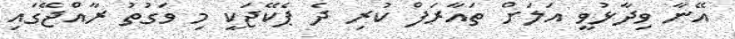
އޭނާ ވިދާޅުވީ އަލަށް ތައާރަފް ކުރި ދެ ޕެކޭޖަކީ މި ވަގުތު ރާއްޖޭގައި